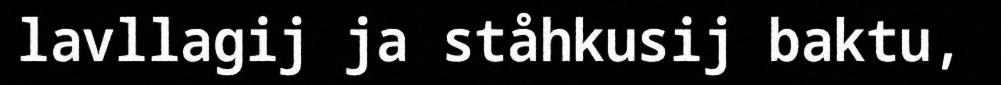
lavllagij ja ståhkusij baktu,